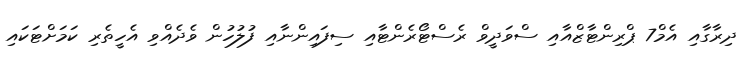
ދިރާގާއި އެމް7 ޕްރިންޓާޒްއާއި ސްވަދީވް ރެސްޓޯރެންޓާއި ސިފައިންނާއި ފުލުހުން ވެދެއްވި އެހީތެރި ކަމަށްޓަކައި